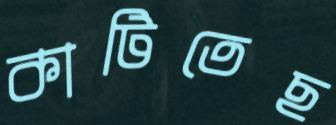
কাটিতেছ